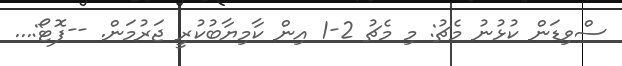
ސްވިޑަން ކުޅުނު މެޗު: މި މެޗު 2-1 އިން ކާމިޔާބުކުރީ ޖަރުމަން. --ފޮޓޯ:...